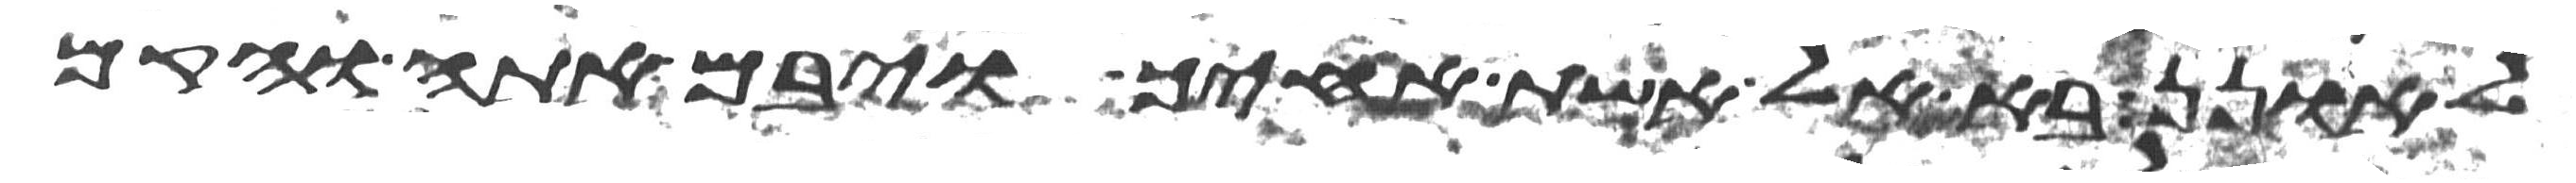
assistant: לאונן בא אל אשת אחיך ויבם אתה והקם